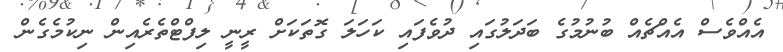
އެއްވެސް އެއްޗެއް ބުނުމުގެ ބަދަލުގައި ދުވެފައި ކަހަލަ ގޮތަކަށް ރީނީ ލިފްޓްތެރެއިން ނިކުމެގެން